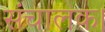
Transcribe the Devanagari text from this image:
संचालक।